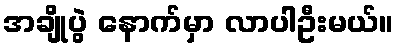
အချိုပွဲ နောက်မှာ လာပါဦးမယ်။